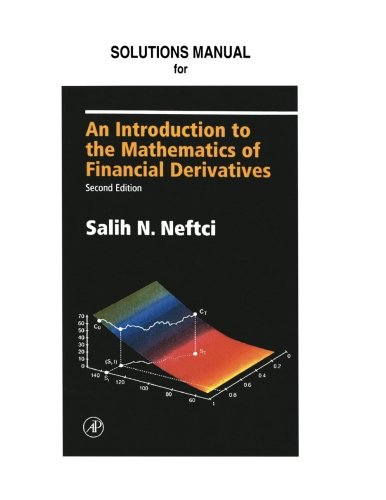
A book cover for Solution Manual for An Introduction to the Mathematics of Financial Derivatives, Second Edition; Mitch Warachka; Business & Money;